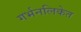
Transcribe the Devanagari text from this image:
गर्भनलिकेत